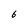
Character: 6